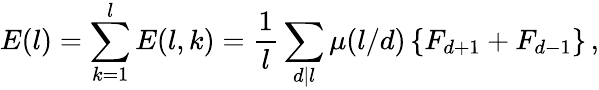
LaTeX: E(l)=\sum_{k=1}^{l}E(l,k)=\frac{1}{l}\sum_{d|l}\mu(l/d)\left\{ F_{d+1}+F_{d-1}\right\} \, ,